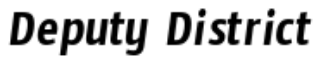
Deputy District